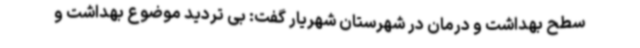
سطح بهداشت و درمان در شهرستان شهریار گفت: بی تردید موضوع بهداشت و